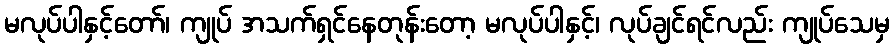
မလုပ်ပါနှင့်တော်၊ ကျုပ် အသက်ရှင်နေတုန်းတော့ မလုပ်ပါနှင့်၊ လုပ်ချင်ရင်လည်း ကျုပ်သေမှ